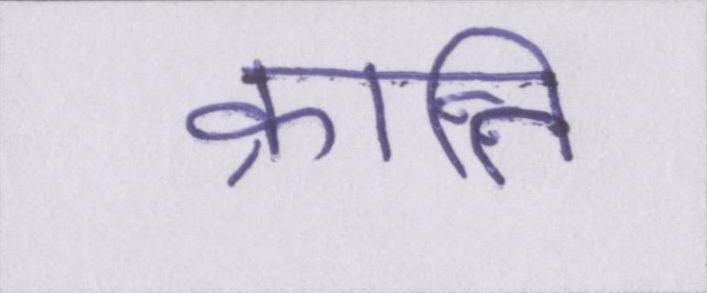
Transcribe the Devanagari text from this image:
क्रान्ति